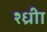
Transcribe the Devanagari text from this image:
श्ध्रीा